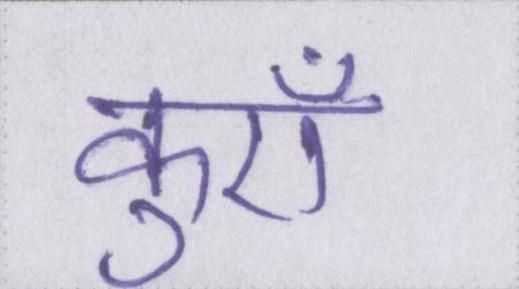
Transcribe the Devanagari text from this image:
कुएँ